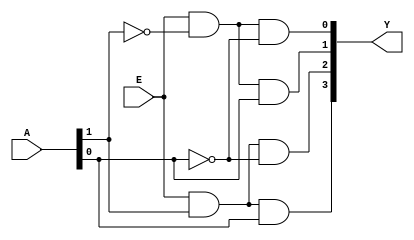
module decoder_2x4 (
    input wire E,
    input wire [1:0] A,
    output wire [3:0] Y
);
assign  Y[3] = E & A[1] & A[0];
assign  Y[2] = E & A[1] & ~A[0];
assign  Y[1] = E & ~A[1] & A[0];
assign  Y[0] = E & ~A[1] & ~A[0];  
endmodule